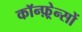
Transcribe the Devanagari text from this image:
कॉन्फ़्रेन्सों